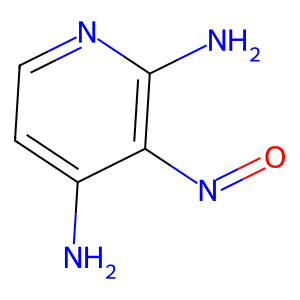
SMILES: Nc1ccnc(N)c1N=O
Inhibits HIV replication: No